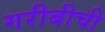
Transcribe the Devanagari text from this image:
गरीबीची